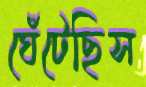
ঘেঁটেছিস